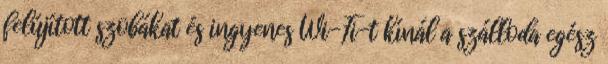
felújított szobákat és ingyenes Wi-Fi-t kínál a szálloda egész